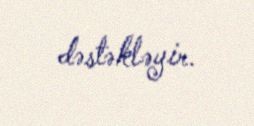
dəstəkləyir.